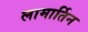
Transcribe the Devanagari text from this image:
लामार्तिन